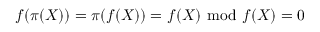
f ( \pi ( X ) ) = \pi ( f ( X ) ) = f ( X ) \ { \bmod { \ } } f ( X ) = 0